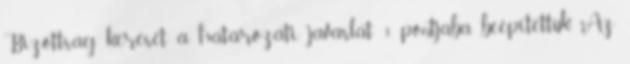
Bizottság kérését a határozati javaslat 3. pontjába beépítettük. Az